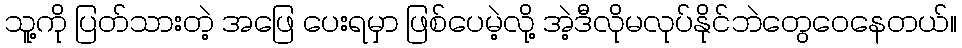
သူ့ကို ပြတ်သားတဲ့ အဖြေ ပေးရမှာ ဖြစ်ပေမဲ့လို့ အဲ့ဒီလိုမလုပ်နိုင်ဘဲတွေဝေနေတယ်။